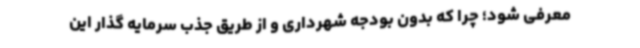
معرفی شود؛ چرا که بدون بودجه شهرداری و از طریق جذب سرمایه گذار این